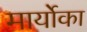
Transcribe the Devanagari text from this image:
मार्योका